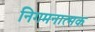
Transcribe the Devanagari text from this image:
निगमनात्‍मक